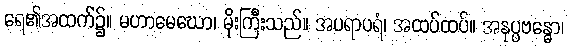
ရေ၏အထက်၌။ မဟာမေဃော၊ မိုးကြီးသည်။ အပရာပရံ၊ အထပ်ထပ်။ အနုပ္ပဗန္ဓော၊